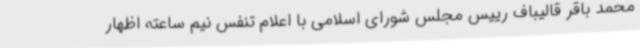
محمد باقر قالیباف رییس مجلس شورای اسلامی با اعلام تنفس نیم ساعته اظهار